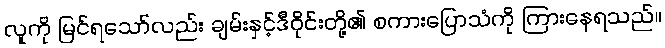
လူကို မြင်ရသော်လည်း ချမ်းနှင့်ဒီဝိုင်းတို့၏ စကားပြောသံကို ကြားနေရသည်။